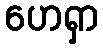
ဟေရှာ